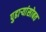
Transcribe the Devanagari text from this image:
पुढाऱ्यांसोबत